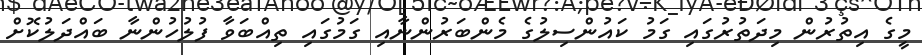
މީގެ އިތުރުން މިދަތުރުގައި ގަމު ކައުންސިލުގެ މެންބަރުންނާއި ގަމުގައި ތިއްބަވާ ފުލުހުންނާ ބައްދަލުކޮށް